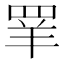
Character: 𰭌